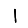
Digit: 1